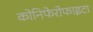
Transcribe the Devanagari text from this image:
कोनिफेरोफाइटा